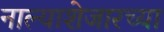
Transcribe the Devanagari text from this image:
नाल्याशेजारच्या